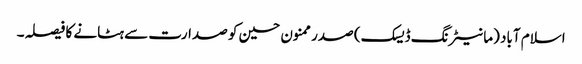
اسلام آباد (مانیٹرنگ ڈیسک) صدر ممنون حسین کو صدارت سے ہٹانے کا فیصلہ۔